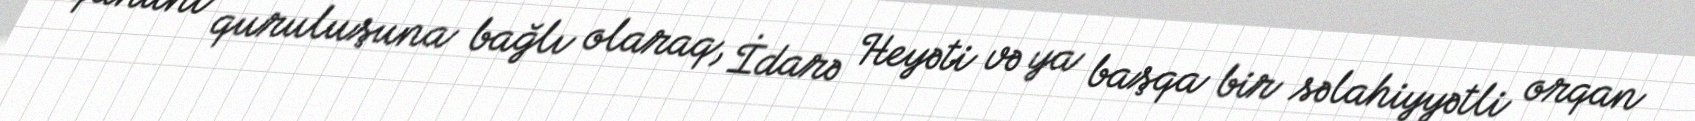
qanuni quruluşuna bağlı olaraq, İdarə Heyəti və ya başqa bir səlahiyyətli orqan